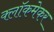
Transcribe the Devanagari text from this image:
क्लॉकमेकर